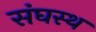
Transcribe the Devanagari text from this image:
संघस्थ